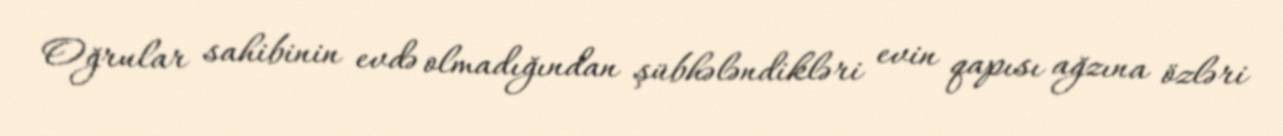
Oğrular sahibinin evdə olmadığından şübhələndikləri evin qapısı ağzına özləri